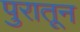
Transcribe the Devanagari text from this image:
पुरातून